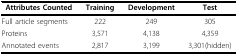
<table><thead><tr><td><b>Attributes Counted</b></td><td><b>Training</b></td><td><b>Development</b></td><td><b>Test</b></td></tr></thead><tbody><tr><td>Full article segments</td><td>222</td><td>249</td><td>305</td></tr><tr><td>Proteins</td><td>3,571</td><td>4,138</td><td>4,359</td></tr><tr><td>Annotated events</td><td>2,817</td><td>3,199</td><td>3,301(hidden)</td></tr></tbody></table>